Report of the Indian Hemp Drugs Commission, 1894-1895 - Volume V
Year: 1894
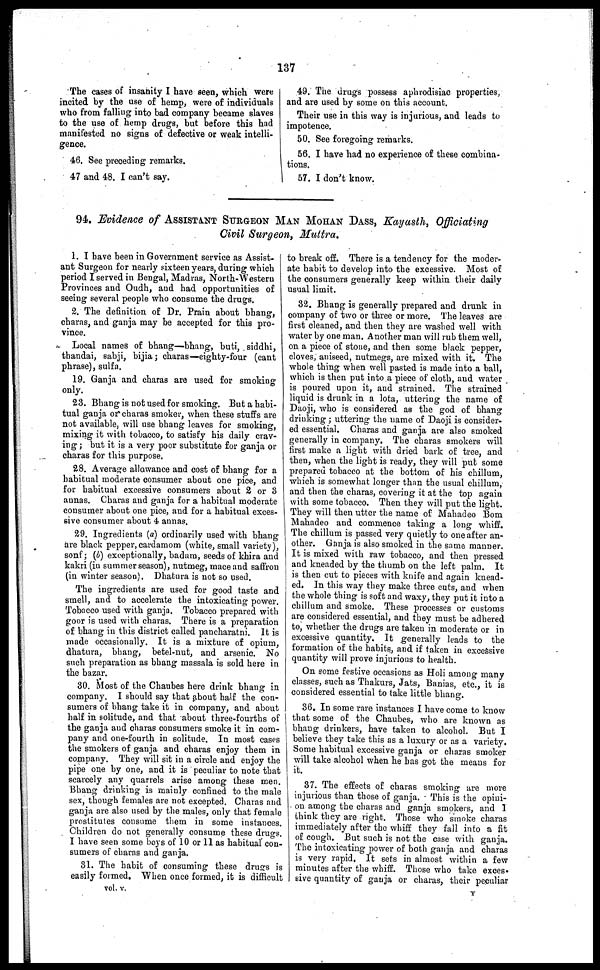
137
The cases of insanity I have seen, which were
incited by the use of hemp, were of individuals
who from falling into bad company became slaves
to the use of hemp drugs, but before this had
manifested no signs of defective or weak intelli-
gence.
46. See preceding remarks.
47 and 48. I can't say.
49. The drugs possess aphrodisiac properties,
and are used by some on this account.
Their use in this way is injurious, and leads to
impotence.
50. See foregoing remarks.
56. I have had no experience of these combina-
tions.
57. I don't know.
94. Evidence of ASSISTANT SURGEON MAN MOHAN DASS, Kayasth, Officiating
Civil Surgeon, Muttra.
1. I have been in Government service as Assist-
ant Surgeon for nearly sixteen years, during which
period I served in Bengal, Madras, North-Western
Provinces and Oudh, and had opportunities of
seeing several people who consume the drugs.
2. The definition of Dr. Prain about bhang,
charas, and ganja may be accepted for this pro-
vince.
Local names of bhang—bhang, buti, siddhi,
thandai, sabji, bijia; charas—eighty-four (cant
phrase), sulfa.
19. Ganja and charas are used for smoking
only.
23. Bhang is not used for smoking. But a habi-
tual ganja or charas smoker, when these stuffs are
not available, will use bhang leaves for smoking,
mixing it with tobacco, to satisfy his daily crav-
ing; but it is a very poor substitute for ganja or
charas for this purpose.
28. Average allowance and cost of bhang for a
habitual moderate consumer about one pice, and
for habitual excessive consumers about 2 or 3
annas. Charas and ganja for a habitual moderate
consumer about one pice, and for a habitual exces-
sive consumer about 4 annas.
29. Ingredients (a) ordinarily used with bhang
are black pepper, cardamom (white, small variety),
sonf; (b) exceptionally, badam, seeds of khira and
kakri (in summer season), nutmeg, mace and saffron
(in winter season). Dhatura is not so used.
The ingredients are used for good taste and
smell, and to accelerate the intoxicating power.
Tobacco used with ganja. Tobacco prepared with
goor is used with charas. There is a preparation
of bhang in this district called pancharatni. It is
made occasionally. It is a mixture of opium,
dhatura, bhang, betel-nut, and arsenic. No
such preparation as bhang massala is sold here in
the bazar.
30. Most of the Chaubes here drink bhang in
company. I should say that about half the con-
sumers of bhang take it in company, and about
half in solitude, and that about three-fourths of
the ganja and charas consumers smoke it in com-
pany and one-fourth in solitude. In most cases
the smokers of ganja and charas enjoy them in
company. They will sit in a circle and enjoy the
pipe one by one, and it is peculiar to note that
scarcely any quarrels arise among these men.
Bhang drinking is mainly confined to the male
sex, though females are not excepted. Charas and
ganja are also used by the males, only that female
prostitutes consume them in some instances.
Children do not generally consume these drugs.
I have seen some boys of 10 or 11 as habitual con-
sumers of charas and ganja.
31. The habit of consuming these drugs is
easily formed. When once formed, it is difficult
to break off. There is a tendency for the moder-
ate habit to develop into the excessive. Most of
the consumers generally keep within their daily
usual limit.
32. Bhang is generally prepared and drunk in
company of two or three or more. The leaves are
first cleaned, and then they are washed well with
water by one man. Another man will rub them well,
on a piece of stone, and then some black pepper,
cloves, aniseed, nutmegs, are mixed with it. The
whole thing when well pasted is made into a ball,
which is then put into a piece of cloth, and water
is poured upon it, and strained. The strained
liquid is drunk in a lota, uttering the name of
Daoji, who is considered as the god of bhang
drinking; uttering the name of Daoji is consider-
ed essential. Charas and ganja are also smoked
generally in company. The charas smokers will
first make a light with dried bark of tree, and
then, when the light is ready, they will put some
prepared tobacco at the bottom of his chillum,
which is somewhat longer than the usual chillum,
and then the charas, covering it at the top again
with some tobacco. Then they will put the light.
They will then utter the name of Mahadeo Bom
Mahadeo and commence taking a long whiff.
The chillum is passed very quietly to one after an-
other. Ganja is also smoked in the same manner.
It is mixed with raw tobacco, and then pressed
and kneaded by the thumb on the left palm. It
is then cut to pieces with knife and again knead-
ed. In this way they make three cuts, and when
the whole thing is soft and waxy, they put it into a
chillum and smoke. These processes or customs
are considered essential, and they must be adhered
to, whether the drugs are taken in moderate or in
excessive quantity. It generally leads to the
formation of the habits, and if taken in excessive
quantity will prove injurious to health.
On some festive occasions as Holi among many
classes, such as Thakurs, Jats, Banias, etc., it is
considered essential to take little bhang.
36. In some rare instances I have come to know
that some of the Chaubes, who are known as
bhang drinkers, have taken to alcohol. But I
believe they take this as a luxury or as a variety.
Some habitual excessive ganja or charas smoker
will take alcohol when he has got the means for
it.
37. The effects of charas smoking are more
injurious than those of ganja. This is the opini-
on among the charas and ganja smokers, and I
think they are right. Those who smoke charas
immediately after the whiff they fall into a fit
of cough. But such is not the case with ganja.
The intoxicating power of both ganja and charas
is very rapid. It sets in almost within a few
minutes after the whiff. Those who take exces-
sive quantity of ganja or charas, their peculiar
vol. v.
Y